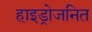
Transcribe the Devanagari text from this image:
हाइड्रोजनित